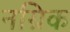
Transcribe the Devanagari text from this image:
नग्रिक